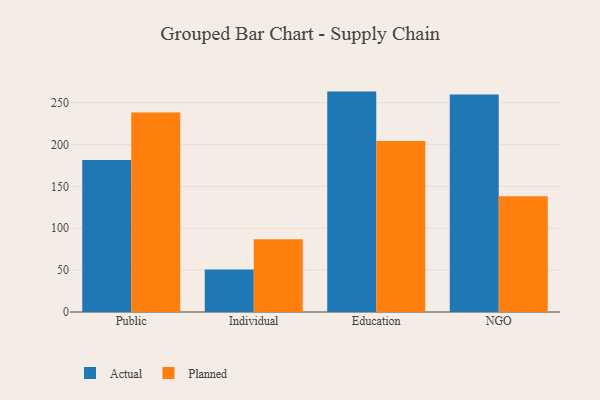
{"axis": {"x": "Segment", "y": "Net Income (USD K)"}, "legend": ["Actual", "Planned"], "data": [{"x": "Public", "y": 181.5, "type": "Actual"}, {"x": "Public", "y": 238.3, "type": "Planned"}, {"x": "Individual", "y": 50.8, "type": "Actual"}, {"x": "Individual", "y": 86.9, "type": "Planned"}, {"x": "Education", "y": 263.3, "type": "Actual"}, {"x": "Education", "y": 204.3, "type": "Planned"}, {"x": "NGO", "y": 259.9, "type": "Actual"}, {"x": "NGO", "y": 138.4, "type": "Planned"}]}